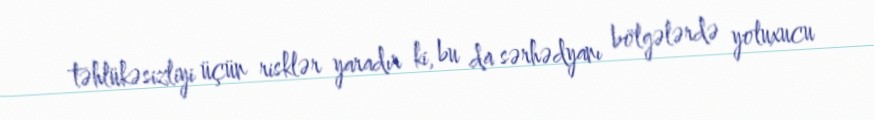
təhlükəsizliyi üçün risklər yaradır ki, bu da sərhədyanı bölgələrdə yoluxucu